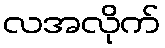
လအလိုက်